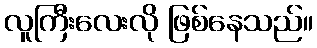
လူကြီးလေးလို ဖြစ်နေသည်။